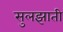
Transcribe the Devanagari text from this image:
सुलझाती